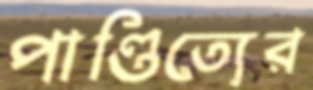
পাণ্ডিত্যের